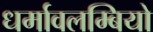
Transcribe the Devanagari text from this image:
धर्मावलम्बियो